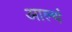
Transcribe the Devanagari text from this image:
आल्थं